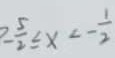
- \frac { 5 } { 2 } \leq x < - \frac { 1 } { 2 }